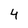
Character: 4